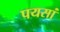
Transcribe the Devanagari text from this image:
पयसां